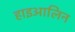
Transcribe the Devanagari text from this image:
हाइआलिन